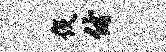
伐付